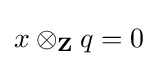
x\otimes _{\mathbf {Z} }q=0